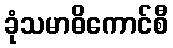
ခုံသမာဓိကောင်စီ